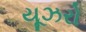
યૂઝરો